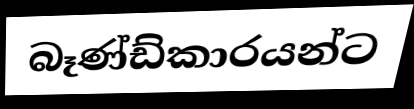
බෑණ්ඩ්කාරයන්ට